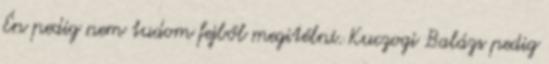
Én pedig nem tudom fejből megitélni. Kuczogi Balázs pedig